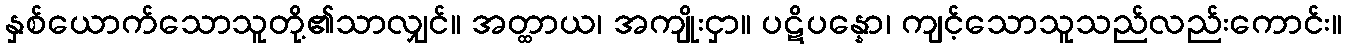
နှစ်ယောက်သောသူတို့၏သာလျှင်။ အတ္ထာယ၊ အကျိုးငှာ။ ပဋိပန္နော၊ ကျင့်သောသူသည်လည်းကောင်း။